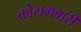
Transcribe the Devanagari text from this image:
कोसमबारी